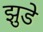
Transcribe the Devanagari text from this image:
झुडे